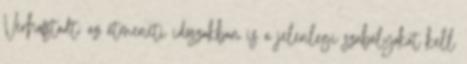
Verhofstadt: az átmeneti időszakban is a jelenlegi szabályokat kell